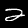
Digit: 2